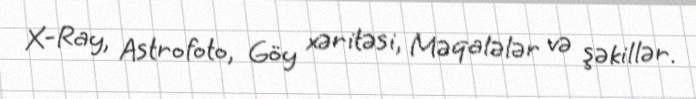
X-Ray, Astrofoto, Göy xəritəsi, Məqalələr və şəkillər.